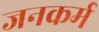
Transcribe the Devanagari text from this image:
जनकर्म